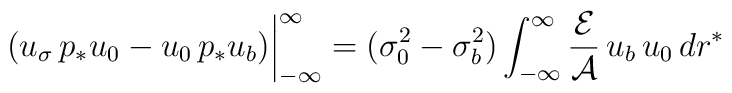
(u_\sigma\,p_*u_0-u_0\,p_*u_b)\bigg|_{-\infty}^{\infty}=(\sigma_0^2-\sigma_b^2)\int_{-\infty}^\infty\frac{{\cal E}}{{\cal A}}\,u_b\,u_0\,dr^*